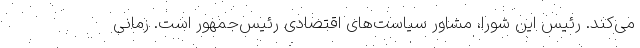
می‌کند. رئیس این شورا، مشاور سیاست‌های اقتصادی رئیس‌جمهور است. زمانی